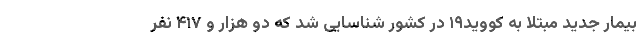
بیمار جدید مبتلا به کووید۱۹ در کشور شناسایی شد که دو هزار و ۴۱۷ نفر